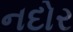
નદોર